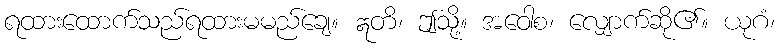
ရထားထောက်သည်ရထားမမည်ချေ။ ဣတိ၊ ဤသို့။ အဝေါစ၊ လျှောက်ဆို၏။ ယုဂံ၊